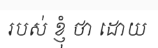
របស់ ខ្ញុំ ថា ដោយ